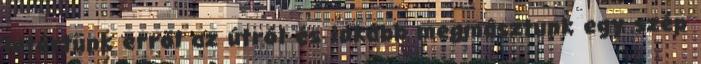
letértünk erről az útról és inkább megmásztunk egy szép